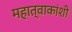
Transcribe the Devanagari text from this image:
महात्वाकांशी